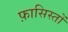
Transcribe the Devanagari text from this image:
फ़ासिस्तों